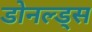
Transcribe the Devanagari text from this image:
डोनल्ड्स